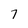
Character: 7